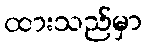
ထားသည်မှာ